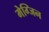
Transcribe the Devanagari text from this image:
मेग्जिन